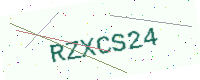
Text: RZXCS24